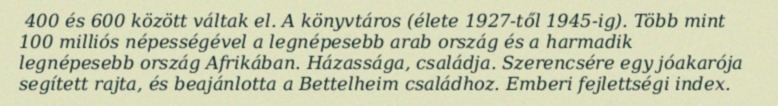
400 és 600 között váltak el. A könyvtáros (élete 1927-től 1945-ig). Több mint 100 milliós népességével a legnépesebb arab ország és a harmadik legnépesebb ország Afrikában. Házassága, családja. Szerencsére egy jóakarója segített rajta, és beajánlotta a Bettelheim családhoz. Emberi fejlettségi index.